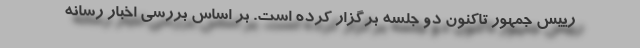
رييس جمهور تاكنون دو جلسه برگزار كرده است. بر اساس بررسى اخبار رسانه